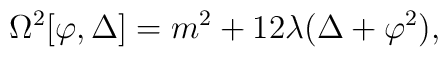
\Omega^2[\varphi,\Delta]=m^2+12\lambda(\Delta+\varphi^2),